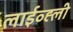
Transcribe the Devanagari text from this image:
लाईव्ह्ली